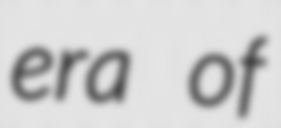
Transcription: era of